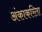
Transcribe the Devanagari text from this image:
अंकाकरिता